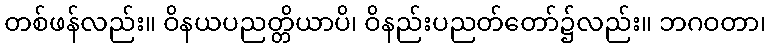
တစ်ဖန်လည်း။ ဝိနယပညတ္တိယာပိ၊ ဝိနည်းပညတ်တော်၌လည်း။ ဘဂဝတာ၊